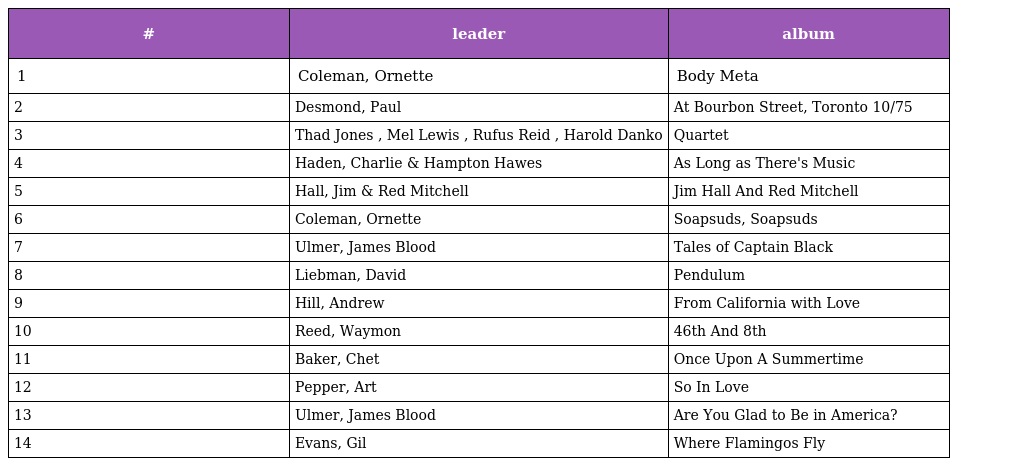
| # | leader | album |
 | --- | --- | --- |
 | 1 | Coleman, Ornette | Body Meta |
 | 2 | Desmond, Paul | At Bourbon Street, Toronto 10/75 |
 | 3 | Thad Jones , Mel Lewis , Rufus Reid , Harold Danko | Quartet |
 | 4 | Haden, Charlie & Hampton Hawes | As Long as There's Music |
 | 5 | Hall, Jim & Red Mitchell | Jim Hall And Red Mitchell |
 | 6 | Coleman, Ornette | Soapsuds, Soapsuds |
 | 7 | Ulmer, James Blood | Tales of Captain Black |
 | 8 | Liebman, David | Pendulum |
 | 9 | Hill, Andrew | From California with Love |
 | 10 | Reed, Waymon | 46th And 8th |
 | 11 | Baker, Chet | Once Upon A Summertime |
 | 12 | Pepper, Art | So In Love |
 | 13 | Ulmer, James Blood | Are You Glad to Be in America? |
 | 14 | Evans, Gil | Where Flamingos Fly |